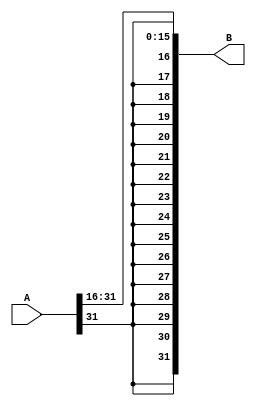
module right_shift_by_16(B, A);
	input [31:0] A;
	output [31:0] B;

	genvar h;
	generate
	for (h=0; h < 16; h = h + 1) begin: lp8
		assign B[h] = A[h+16];
	end
	endgenerate
	genvar j;
	generate
	for (j=31; j > 15; j = j - 1) begin: lp9
		assign B[j] = A[31];
	end
	endgenerate
endmodule